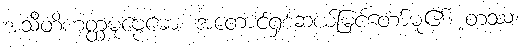
အသီတိဟတ္ထမုဗ္ဗေဓော၊ အတောင်ရှစ်ဆယ်မြင့်တော်မူ၏။ တဿ၊